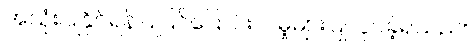
အသုံးပြုနိုင်ရန်ပြုပြင်ပြောင်းလဲမှုများပြုလုပ်ခဲ့ရသည်။